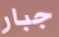
جبار